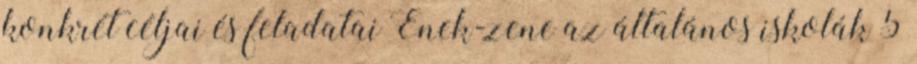
konkrét céljai és feladatai Ének-zene az általános iskolák 5